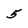
Character: 5